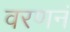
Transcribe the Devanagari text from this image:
वरणनं